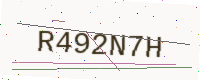
Text: R492N7H